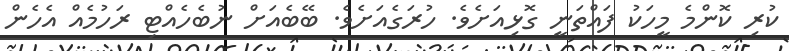
ކުރި ކޮންމެ މީހަކު ފައްތަނީ ގޮޅިއަށެވެ. ހުރަގެއަށެވެ. ބޭބެއަށް ނުބެހެއްޓި ރަހުމެއް އެހެން